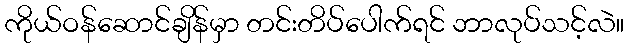
ကိုယ်ဝန်ဆောင်ချိန်မှာ တင်းတိပ်ပေါက်ရင် ဘာလုပ်သင့်လဲ။